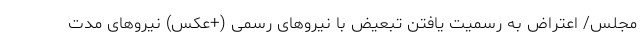
مجلس/ اعتراض به رسمیت یافتن تبعیض با نیروهای رسمی (+عکس) نیروهای مدت